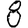
Digit: 8